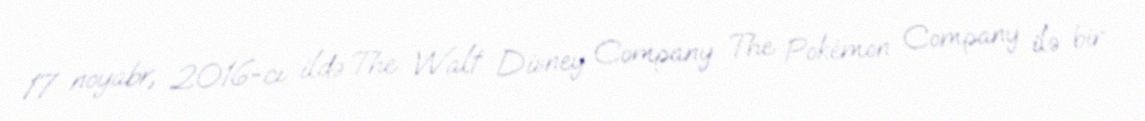
17 noyabr, 2016-cı ildə The Walt Disney Company The Pokémon Company ilə bir